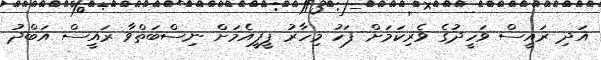
އަދި ރައީސް ވަހީދުގެ ވެރިކަމަށް ފަހު މިހާރު ޕީޕީއެމަށް ނިސްބަތްވާ ރައީސް އަބްދު